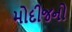
મોદીજનો